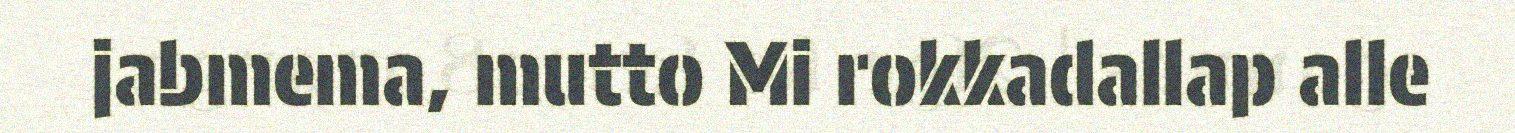
jabmema, mutto Mi rokkadallap alle